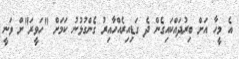
އެ މީހާ އަށް ބިރުދައްކައިގެން ދެ ގަޑިއިރެއްހާއިރު ގެންގުޅުނު ކަމަށް "ހަވީރަ"ށް ވަނީ